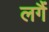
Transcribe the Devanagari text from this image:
लगैं